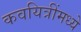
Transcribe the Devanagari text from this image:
कवयित्रींमध्ये